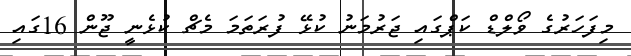
މިފަހަރުގެ ވޯލްޑް ކަޕްގައި ޖަރުމަނު ކުޅޭ ފުރަތަމަ މެޗް ކުޅެނީ ޖޫން 16ގައި